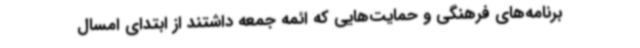
برنامه‌های فرهنگی و حمایت‌هایی که ائمه جمعه داشتند از ابتدای امسال